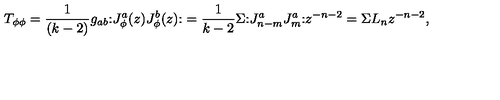
T _ { \phi \phi } = \frac { 1 } { ( k - 2 ) } g _ { a b } { \large : } J _ { \phi } ^ { a } ( z ) J _ { \phi } ^ { b } ( z ) { \large : } = \frac { 1 } { k - 2 } \Sigma { \large : } J _ { n - m } ^ { a } J _ { m } ^ { a } { \large : } z ^ { - n - 2 } = \Sigma L _ { n } z ^ { - n - 2 } ,